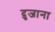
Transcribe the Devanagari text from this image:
दुजाना